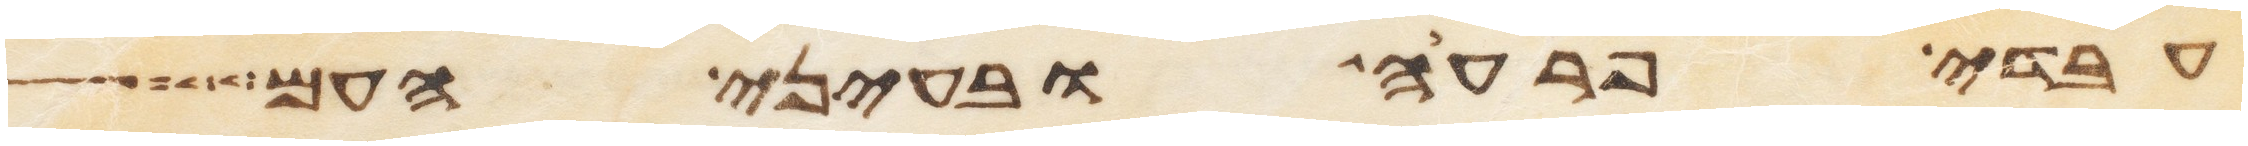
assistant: עבדי פרעה ובעיני העם